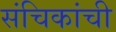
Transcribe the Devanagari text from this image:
संचिकांची